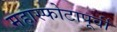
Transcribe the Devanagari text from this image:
महास्फोटापूर्वी